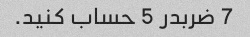
7 ضربدر 5 حساب کنید.